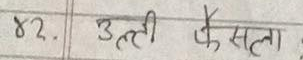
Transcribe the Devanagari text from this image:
४२. उत्तरी फैसला: